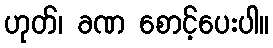
ဟုတ်၊ ခဏ စောင့်ပေးပါ။